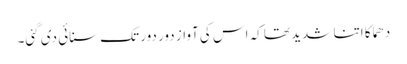
دھماکا اتنا شدید تھا کہ اس کی آواز دور دور تک سنائی دی گئی۔